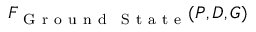
{ { \cal F } } _ { \substack { \mathrm { ~ G ~ r ~ o ~ u ~ n ~ d ~ } \, \mathrm { ~ S ~ t ~ a ~ t ~ e ~ } } } ( { \cal P } , { \cal D } , { \cal G } )